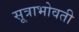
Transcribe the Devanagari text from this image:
सूत्राभोवती